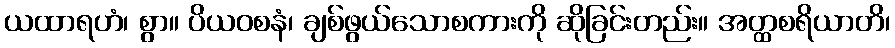
ယထာရဟံ၊ စွာ။ ပိယဝစနံ၊ ချစ်ဖွယ်သောစကားကို ဆိုခြင်းတည်း။ အတ္ထစရိယာတိ၊